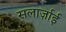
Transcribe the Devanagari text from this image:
सलार्ज़ाई